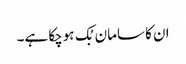
ان کا سامان بُک ہوچکا ہے۔